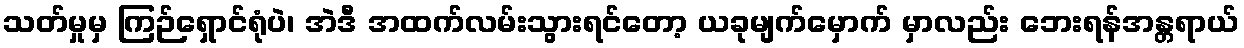
သတ်မှုမှ ကြဉ်ရှောင်ရုံပဲ၊ အဲဒီ အထက်လမ်းသွားရင်တော့ ယခုမျက်မှောက် မှာလည်း ဘေးရန်အန္တရာယ်